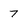
Character: 7